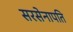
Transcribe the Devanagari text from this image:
सरसेनापति